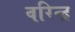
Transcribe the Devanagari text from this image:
वरिन्द्र